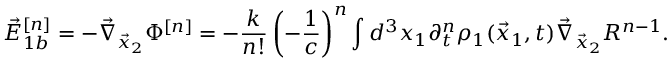
\vec { E } _ { 1 b } ^ { [ n ] } = - \vec { \nabla } _ { \vec { x } _ { 2 } } \Phi ^ { [ n ] } = - \frac { k } { n ! } \left( - \frac { 1 } { c } \right) ^ { n } \int d ^ { 3 } x _ { 1 } \partial _ { t } ^ { n } \rho _ { 1 } ( \vec { x } _ { 1 } , t ) \vec { \nabla } _ { \vec { x } _ { 2 } } R ^ { n - 1 } .